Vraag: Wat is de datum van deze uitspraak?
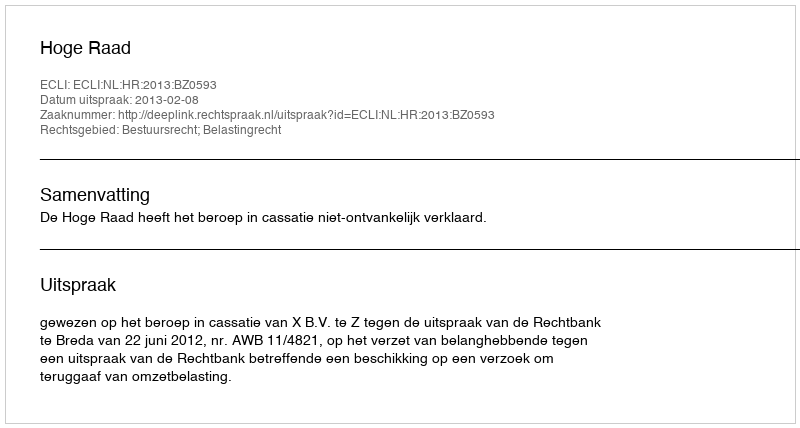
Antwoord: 2013-02-08